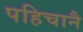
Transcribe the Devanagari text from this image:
पहिचानै